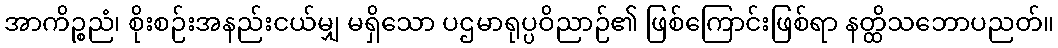
အာကိဉ္စညံ၊ စိုးစဉ်းအနည်းငယ်မျှ မရှိသော ပဌမာရုပ္ပဝိညာဉ်၏ ဖြစ်ကြောင်းဖြစ်ရာ နတ္ထိသဘောပညတ်။